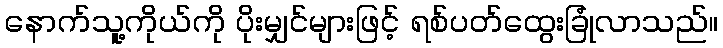
နောက်သူ့ကိုယ်ကို ပိုးမျှင်များဖြင့် ရစ်ပတ်ထွေးခြုံလာသည်။